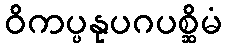
ဝိကပ္ပနုပဂပစ္ဆိမံ